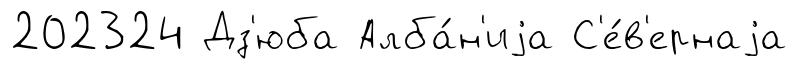
202324 Дз'юба Алба́н'иjа С'е́в'ернаjа